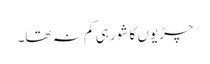
چڑیوں کا شور ہی کم نہ تھا۔